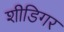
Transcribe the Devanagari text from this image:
शीडिगर